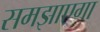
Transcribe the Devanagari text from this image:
समझाएगा